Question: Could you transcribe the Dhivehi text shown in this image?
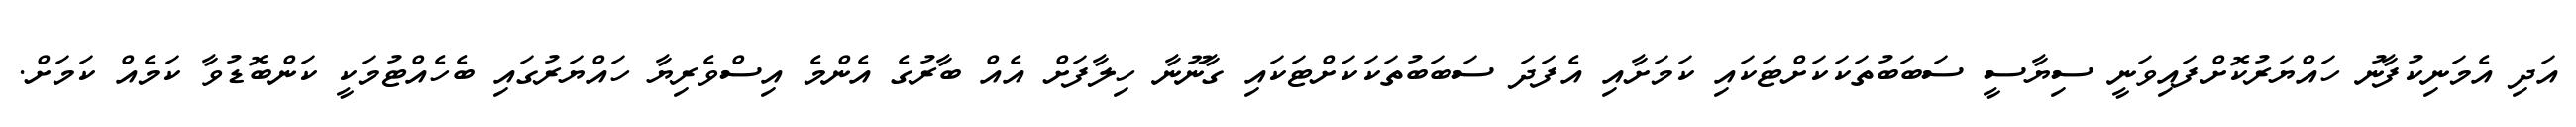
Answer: އަދި އެމަނިކުފާނު ހައްޔަރުކޮށްފައިވަނީ ސިޔާސީ ސަބަބުތަކަކަށްޓަކައި ކަމަށާއި އެފަދަ ސަބަބުތަކަކަށްޓަކައި ގާނޫނާ ހިލާފަށް އެއް ބާރުގެ އެންމެ އިސްވެރިޔާ ހައްޔަރުގައި ބެހެއްޓުމަކީ ކަންބޮޑުވާ ކަމެއް ކަމަށް.